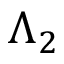
\Lambda _ { 2 }